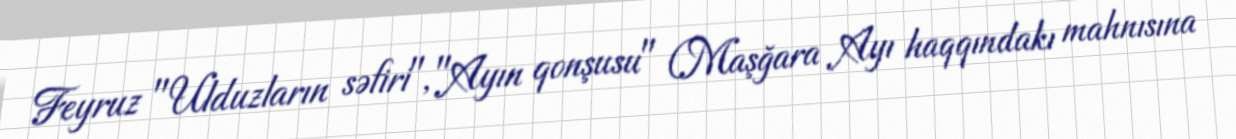
Feyruz "Ulduzların səfiri", "Ayın qonşusu" (Maşğara Ayı haqqındakı mahnısına